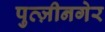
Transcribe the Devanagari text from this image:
पुत्ज़ीनगेर